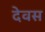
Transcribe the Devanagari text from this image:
देवस